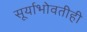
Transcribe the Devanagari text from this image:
सूर्याभोवतीही